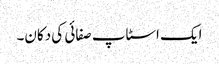
ایک اسٹاپ صفائی کی دکان۔